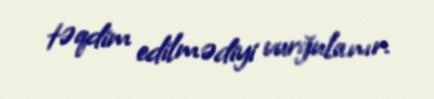
təqdim edilmədiyi vurğulanır.